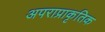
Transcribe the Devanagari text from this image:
अपराप्राकृतिक